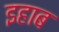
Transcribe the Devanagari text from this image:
इहाब